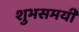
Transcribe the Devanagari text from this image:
शुभसमयी